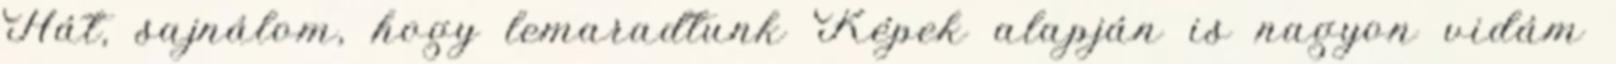
Hát, sajnálom, hogy lemaradtunk Képek alapján is nagyon vidám